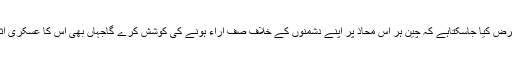
اِس متعلق بس اتنا ہی عرض کیا جاسکتاہے کہ چین ہر اُس محاذ پر اپنے دشمنوں کے خلاف صف آراء ہونے کی کوشش کرے گاجہاں بھی اُس کا عسکری اثرو رسوخ پایا جاتاہے ۔